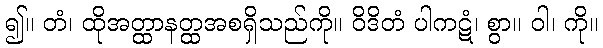
၍။ တံ၊ ထိုအတ္ထာနတ္ထအစရှိသည်ကို။ ဝိဒိတံ ပါကဋံ၊ စွာ။ ဝါ၊ ကို။